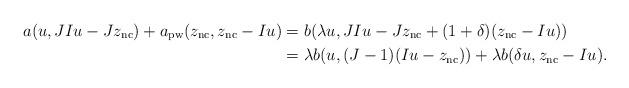
LaTeX: \begin{align*} a(u,JIu-Jz_{\mathrm{nc}})+a_{\mathrm{pw}}(z_{\mathrm{nc}}, z_{\mathrm{nc}}-Iu) &= b(\lambda u, JIu-Jz_{\mathrm{nc}}+ (1+\delta)(z_{\mathrm{nc}}-Iu))\\ &=\lambda b( u, (J-1)(Iu-z_{\mathrm{nc}}))+\lambda b(\delta u, z_{\mathrm{nc}}-Iu). \end{align*}